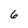
Character: 6